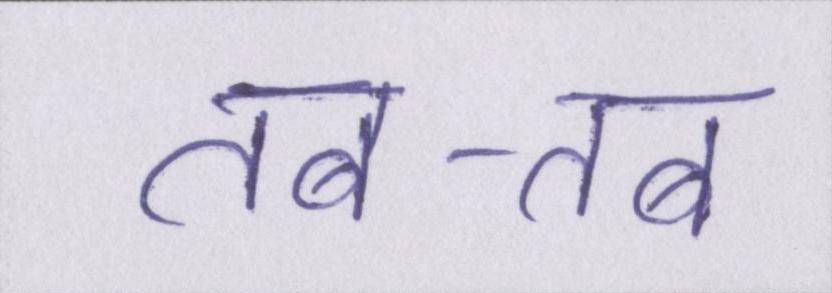
तब-तब